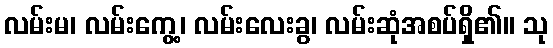
လမ်းမ၊ လမ်းကွေ့၊ လမ်းလေးခွ၊ လမ်းဆုံအစပ်ရှိ၏။ သု